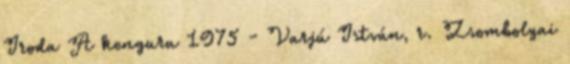
Iroda A kenguru 1975 - Varjú István, r. Zsombolyai